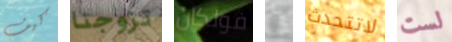
كيف تزوجنا فولكان و لاتتحدث لست